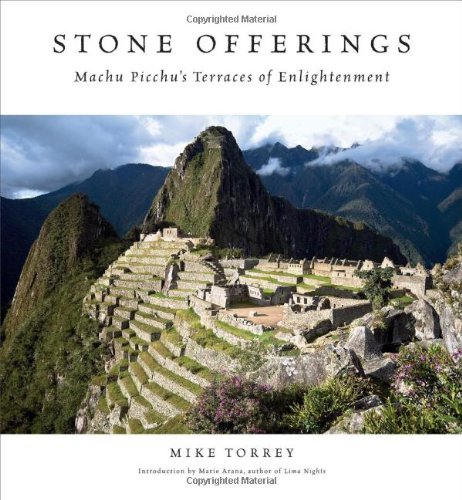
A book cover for Stone Offerings: Machu Picchu's Terraces of Enlightenment; Mike Torrey; Arts & Photography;